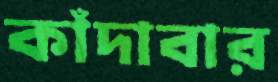
কাঁদাবার